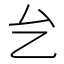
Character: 𱑢